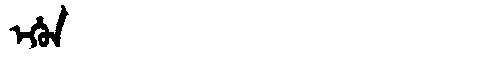
Manchu: ᡝᡥᡠᠨ
Romanization: EHUN